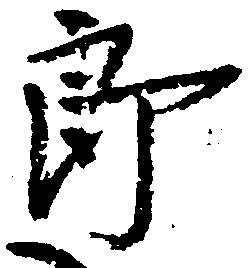
郎